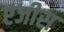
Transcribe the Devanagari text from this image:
एजीस